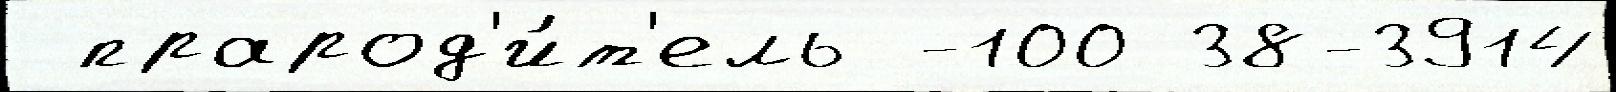
 прарод'и́т'ель -100 38-3914